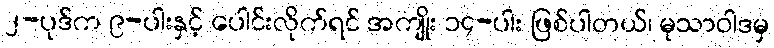
၂-ပုဒ်က ၉-ပါးနှင့် ပေါင်းလိုက်ရင် အကျိုး ၁၄-ပါး ဖြစ်ပါတယ်၊ မုသာဝါဒမှ